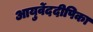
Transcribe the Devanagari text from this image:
आयुर्वेददीपिका